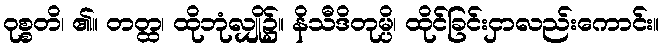
ဝုစ္စတိ၊ ၏။ တတ္ထ၊ ထိုဘုံလျှို၌။ နိသီဒိတုမ္ပိ၊ ထိုင်ခြင်းငှာလည်းကောင်း။